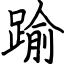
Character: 踰